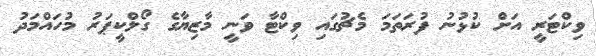
ވިކްޓަރީ އަށް ކުޅުނު ފުރަތަމަ މެޗުގައި ވިކްޓާ ވަނީ މާޒިޔާގެ ގޯލްކީޕަރު މުހައްމަދު